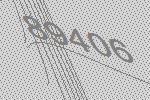
89406